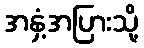
အနှံ့အပြားသို့